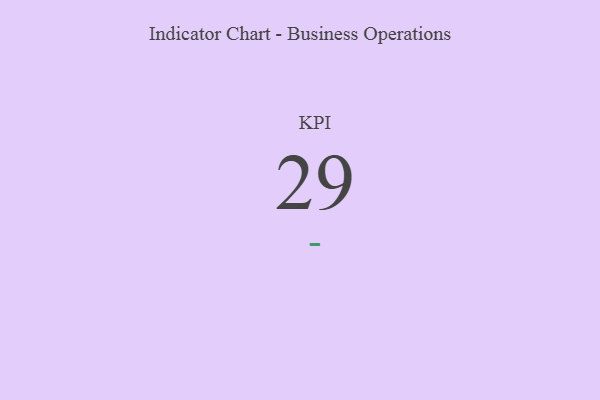
{"axis": {"x": "KPI", "y": "Value"}, "legend": [""], "data": [{"x": "KPI", "y": 29, "type": ""}]}